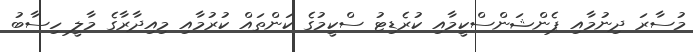
މުސާރަ ދިނުމާއި ޕެންޝަންސްކީމާއި ކުރެޑިޓު ސްކީމުގެ ކަންތައް ކުރުމާއި މިއިދާރާގެ މާލީ ހިސާބު